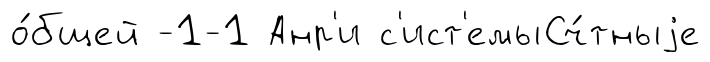
о́бщей -1-1 Анр'и с'ист'емыСч́тныjе